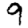
Digit: 9